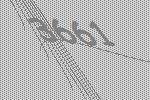
3661